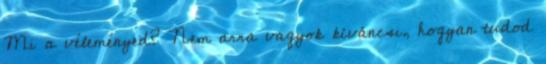
Mi a véleményed? Nem arra vagyok kíváncsi, hogyan tudod